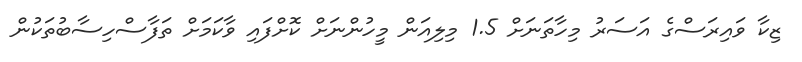
ޒިކާ ވައިރަސްގެ އަސަރު މިހާތަނަށް 1.5 މިލިއަން މީހުންނަށް ކޮށްފައި ވާކަމަށް ތަފާސްހިސާބުތަކުން